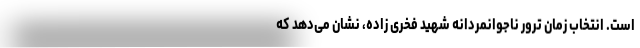
است. انتخاب زمان ترور ناجوانمردانه شهید فخری زاده، نشان می‌دهد که